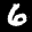
Label: 6